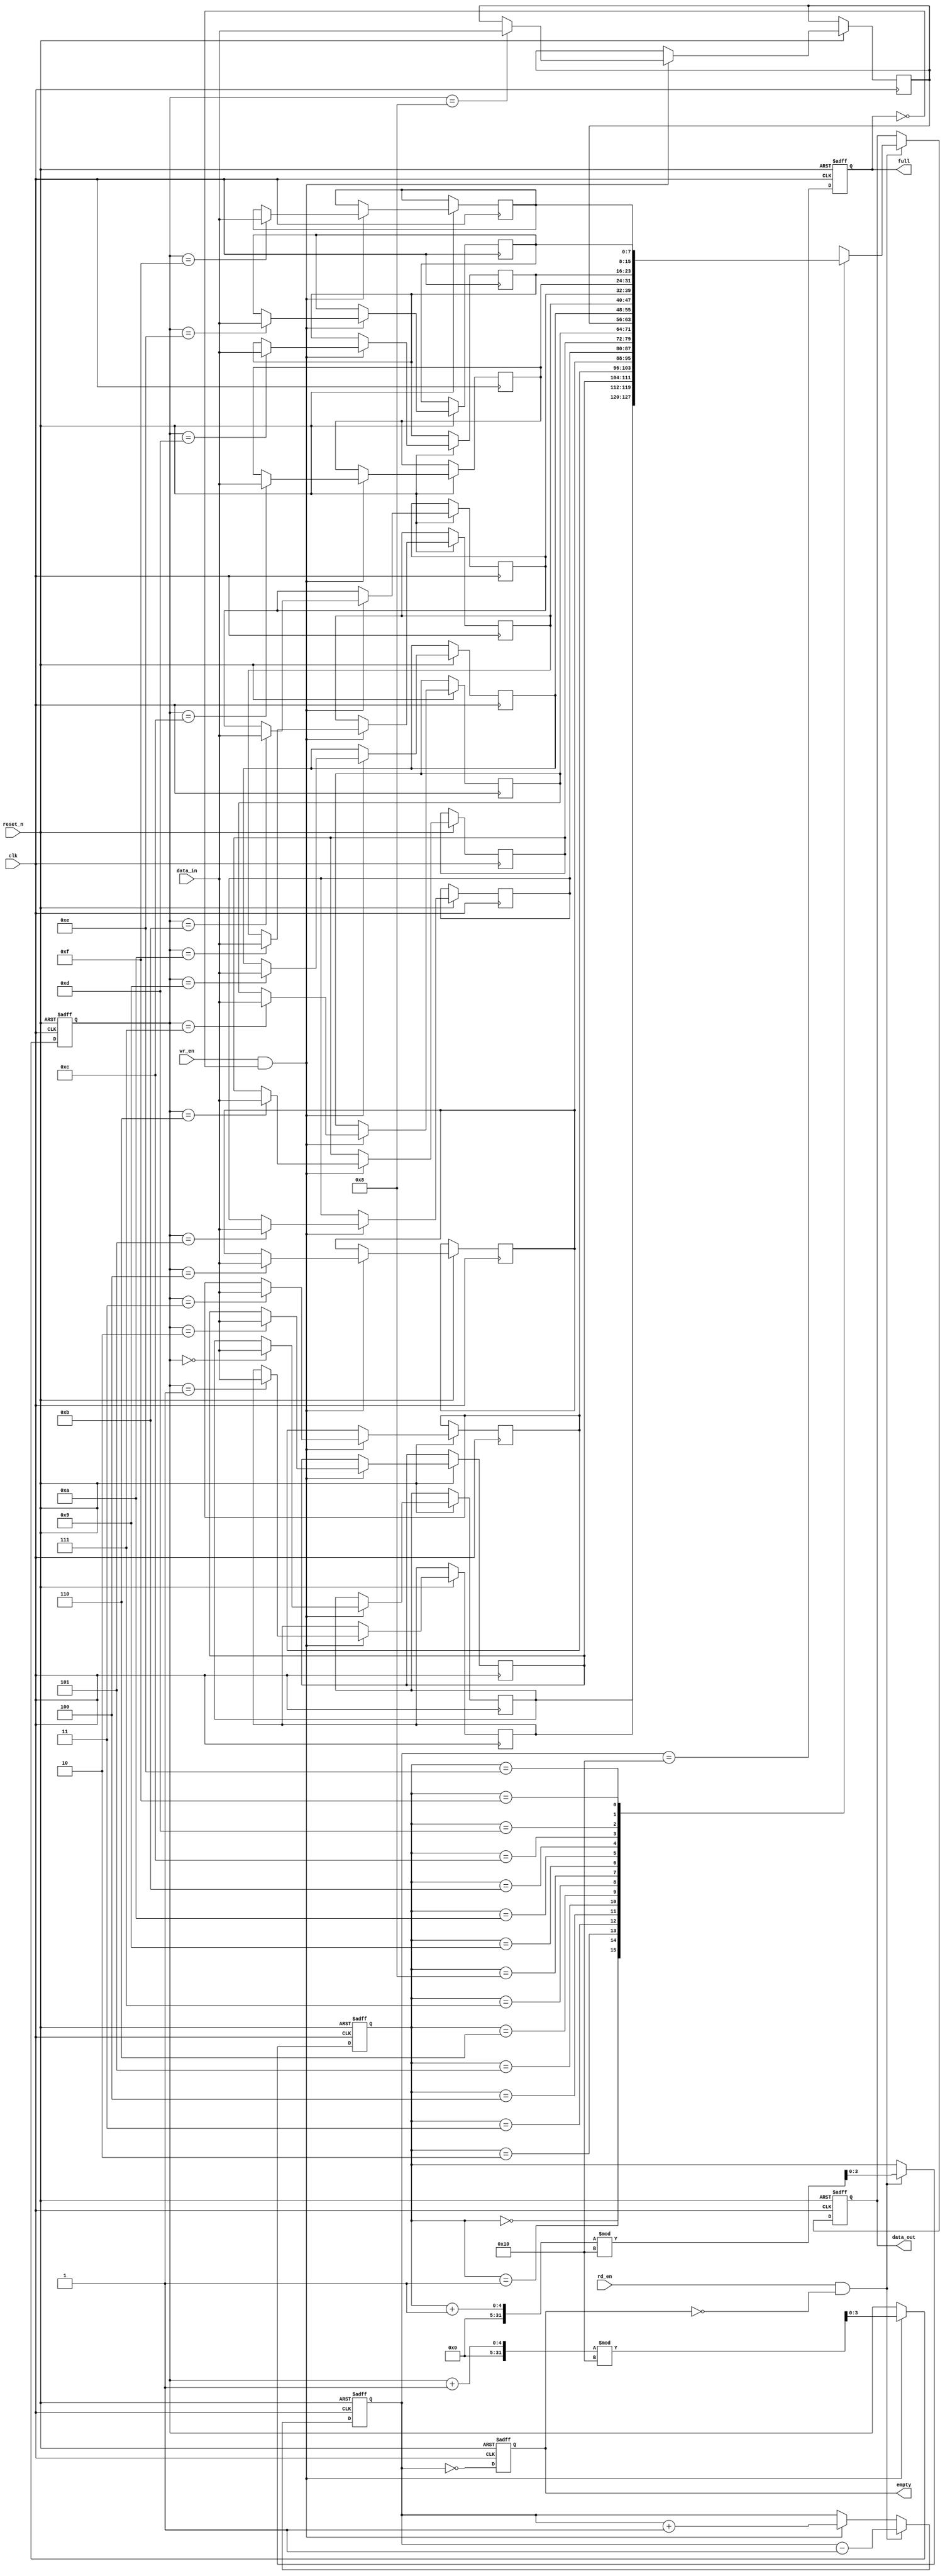
module fifo_sram #(
    parameter DEPTH = 16, // Number of entries
    parameter WIDTH = 8    // Data width per entry (in bits)
)(
    input wire clk,                     // Clock signal
    input wire reset_n,                 // Active low asynchronous reset
    input wire wr_en,                   // Write enable
    input wire rd_en,                   // Read enable
    input wire [WIDTH-1:0] data_in,     // Data input
    output reg [WIDTH-1:0] data_out,    // Data output
    output reg full,                    // Full flag
    output reg empty                    // Empty flag
);

    // Memory array declaration
    reg [WIDTH-1:0] mem_array [0:DEPTH-1];
    
    // Pointers for read and write
    reg [$clog2(DEPTH)-1:0] wr_ptr;
    reg [$clog2(DEPTH)-1:0] rd_ptr;
    reg [$clog2(DEPTH):0] count; // Count to track the number of entries

    // Asynchronous reset
    always @(posedge clk or negedge reset_n) begin
        if (!reset_n) begin
            wr_ptr <= 0;
            rd_ptr <= 0;
            count <= 0;
            full <= 0;
            empty <= 1;
            data_out <= 0;
        end else begin
            // Write operation
            if (wr_en && !full) begin
                mem_array[wr_ptr] <= data_in; // Write data to memory
                wr_ptr <= (wr_ptr + 1) % DEPTH; // Increment write pointer
                count <= count + 1; // Increment count
            end

            // Read operation
            if (rd_en && !empty) begin
                data_out <= mem_array[rd_ptr]; // Read data from memory
                rd_ptr <= (rd_ptr + 1) % DEPTH; // Increment read pointer
                count <= count - 1; // Decrement count
            end
            
            // Update full and empty flags
            full <= (count == DEPTH);
            empty <= (count == 0);
        end
    end

endmodule